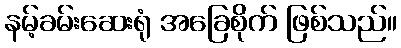
နမ့်ခမ်းဆေးရုံ အခြေစိုက် ဖြစ်သည်။